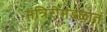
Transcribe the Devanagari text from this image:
मंत्रिरीमंडळात